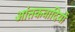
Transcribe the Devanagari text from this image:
आंतकवादियों